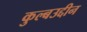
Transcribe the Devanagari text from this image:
कुल्बउद्दीन